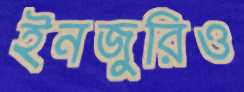
ইনজুরিও